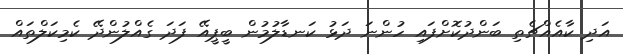
އަދި ކާއެއްޗެތި ބަންދުކޮށްފައި ހުންނަ ދަޅު ކަނޑާލުމުން ބީޕީއޭ ފަދަ ގެއްލުންދޭ ކެމިކަލްތައް